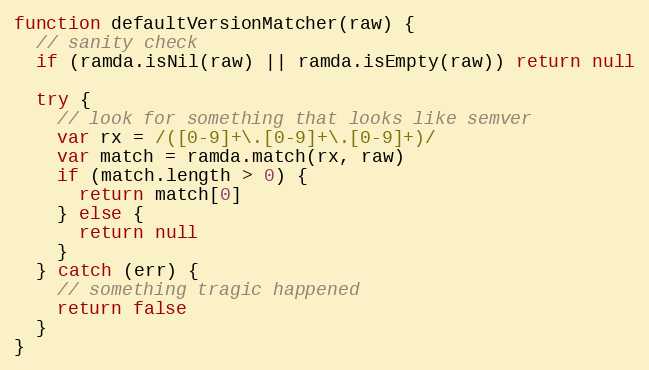
Language: JavaScript
function defaultVersionMatcher(raw) {
  // sanity check
  if (ramda.isNil(raw) || ramda.isEmpty(raw)) return null

  try {
    // look for something that looks like semver
    var rx = /([0-9]+\.[0-9]+\.[0-9]+)/
    var match = ramda.match(rx, raw)
    if (match.length > 0) {
      return match[0]
    } else {
      return null
    }
  } catch (err) {
    // something tragic happened
    return false
  }
}